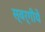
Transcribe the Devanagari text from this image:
स्वर्गीये